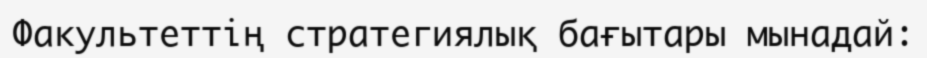
Факультеттің стратегиялық бағытары мынадай: